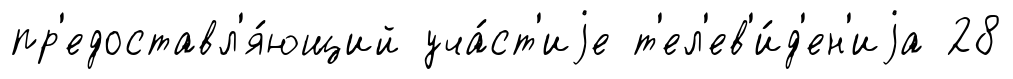
пр'едоставл'я́ющий уча́ст'иjе т'ел'ев'и́д'ен'иjа 28